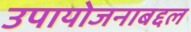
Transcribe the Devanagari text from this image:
उपायोजनाबद्दल